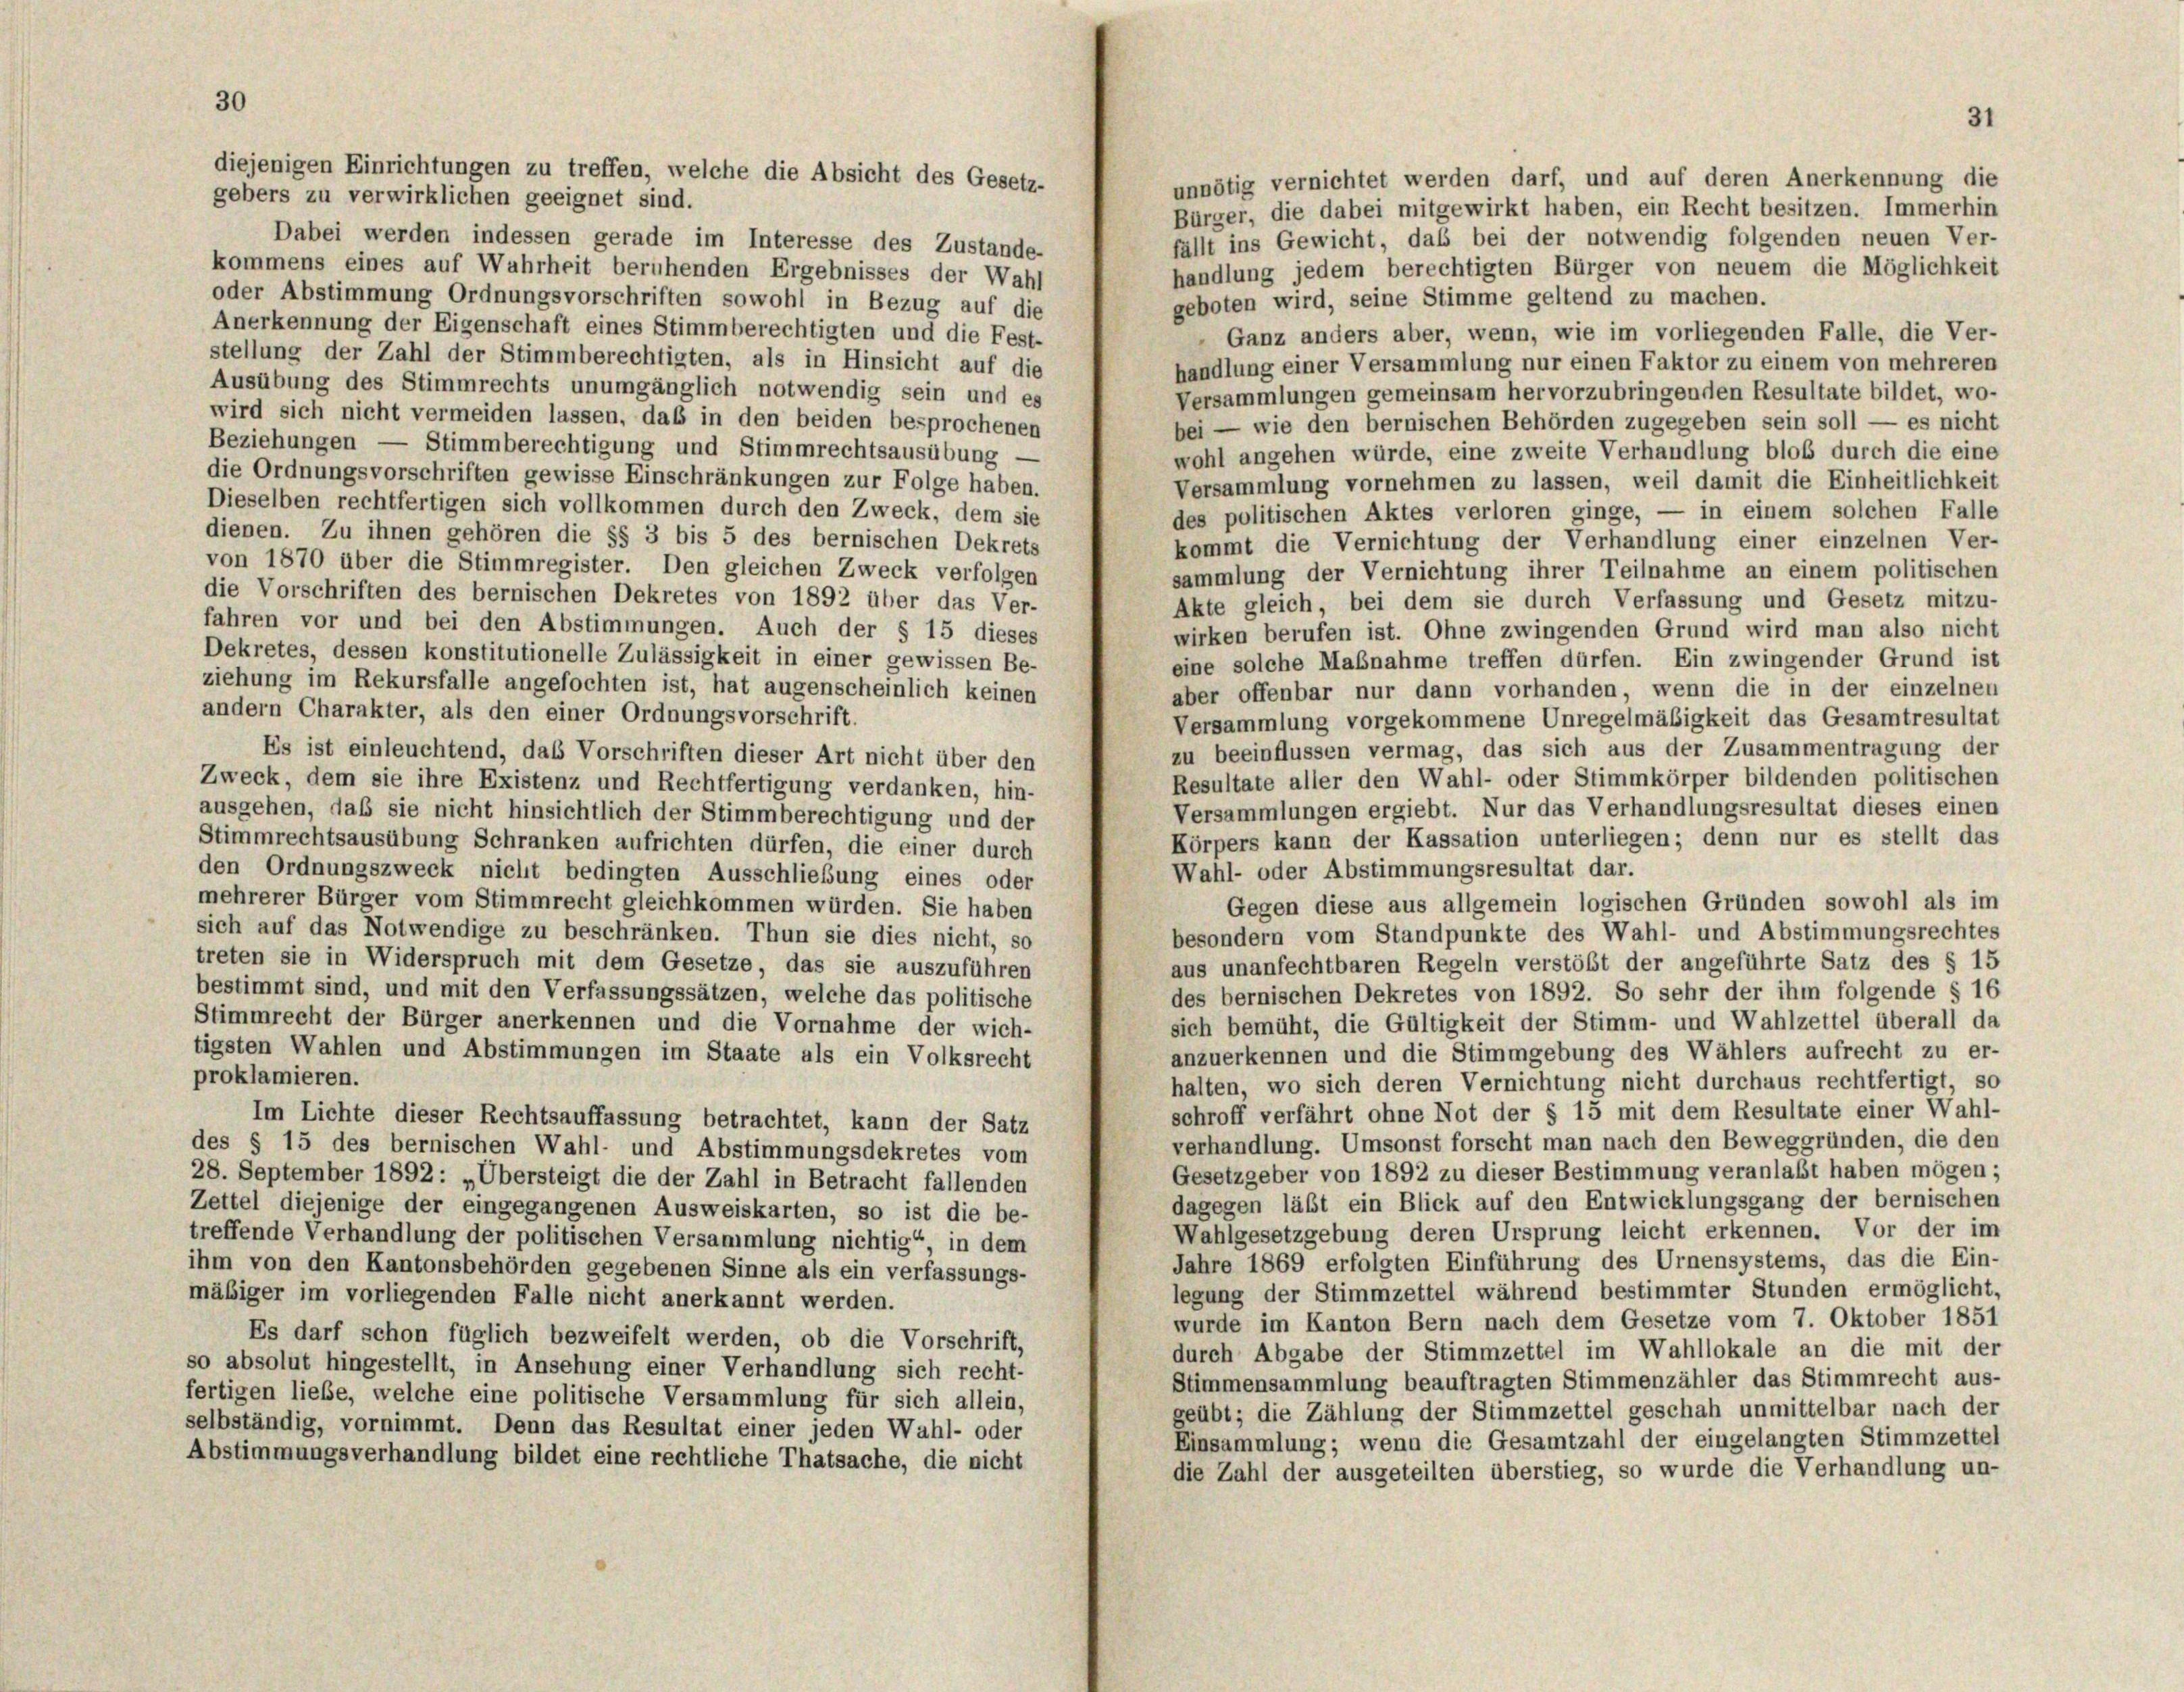
30

fällt ins Gewicht, daß bei der notwendig folgenden neuen Ver-
Dabei werden indessen gerade im Interesse des Zustande-
kommens eines auf Wahrheit beruhenden Ergebnisses der Wahl
handlung jedem berechtigten Bürger von neuem die Möglichkeit
oder Abstimmung Ordnungsvorschriften sowohl in Bezug auf die
geboten wird, seine Stimme geltend zu machen.
Anerkennung der Eigenschaft eines Stimmberechtigten und die Fest-
Ganz anders aber, wenn, wie im vorliegenden Falle, die Ver-
stellung der Zahl der Stimmberechtigten, als in Hinsicht auf die
handlung einer Versammlung nur einen Faktor zu einem von mehreren
Ausübung des Stimmrechts unumgänglich notwendig sein und es
Versammlungen gemeinsam hervorzubringenden Resultate bildet, wo-
wird sich nicht vermeiden lassen, das in den beiden besprochenen
bei — wie den bernischen Behörden zugegeben sein soll — es nicht
Beziehungen — Stimmberechtigung und Stimmrechtsausübung -
wohl angehen würde, eine zweite Verhandlung bloß durch die eine
die Ordnungsvorschriften gewisse Einschränkungen zur Folge haben.
Versammlung vornehmen zu lassen, weil damit die Einheitlichkeit
Dieselben rechtfertigen sich vollkommen durch den Zweck, dem sie
des politischen Aktes verloren ginge, — in einem solchen Falle
dienen. Zu ihnen gehören die §§ 3 bis 5 des bernischen Dekrets
kommt die Vernichtung der Verhandlung einer einzelnen Ver-
von 1870 über die Stimmregister. Den gleichen Zweck verfolgen
sammlung der Vernichtung ihrer Teilnahme an einem politischen
die Vorschriften des bernischen Dekretes von 1892 über das Ver-
Akte gleich, bei dem sie durch Verfassung und Gesetz mitzu-
fahren vor und bei den Abstimmungen. Auch der § 15 dieses
wirken berufen ist. Ohne zwingenden Grund wird man also nicht
Dekretes, dessen konstitutionelle Zulässigkeit in einer gewissen Be-
eine solche Maßnahme treffen dürfen. Ein zwingender Grund ist
ziehung im Rekursfalle angefochten ist, hat augenscheinlich keinen
aber offenbar nur dann vorhanden, wenn die in der einzelnen
andern Charakter, als den einer Ordnungsvorschrift.
Versammlung vorgekommene Unregelmäßigkeit das Gesamtresultat
zu beeinflussen vermag, das sich aus der Zusammentragung der
Es ist einleuchtend, das Vorschriften dieser Art nicht über den
Resultate aller den Wahl- oder Stimmkörper bildenden politischen
Zweck, dem sie ihre Existenz und Rechtfertigung verdanken, hin-
Versammlungen ergiebt. Nur das Verhandlungsresultat dieses einen
ausgehen, daß sie nicht hinsichtlich der Stimmberechtigung und der
Körpers kann der Kassation unterliegen; denn nur es stellt das
Stimmrechtsausübung Schranken aufrichten dürfen, die einer durch
Wahl- oder Abstimmungsresultat dar.
den Ordnungszweck nicht bedingten Ausschließung eines oder
mehrerer Bürger vom Stimmrecht gleichkommen würden. Sie haben
Gegen diese aus allgemein logischen Gründen sowohl als im
sich auf das Notwendige zu beschränken. Thun sie dies nicht, so
besondern vom Standpunkte des Wahl- und Abstimmungsrechtes
treten sie in Widerspruch mit dem Gesetze, das sie auszuführen
aus unanfechtbaren Regeln verstößt der angeführte Satz des § 15
bestimmt sind, und mit den Verfassungssätzen, welche das politische
des bernischen Dekretes von 1892. So sehr der ihm folgende § 16
Stimmrecht der Bürger anerkennen und die Vornahme der wich-
sich bemüht, die Gültigkeit der Stimm- und Wahlzettel überall da
tigsten Wahlen und Abstimmungen im Staate als ein Volksrecht
anzuerkennen und die Stimmgebung des Wählers aufrecht zu er-
proklamieren.
halten, wo sich deren Vernichtung nicht durchaus rechtfertigt, so
schroff verfährt ohne Not der § 15 mit dem Resultate einer Wahl-
Im Lichte dieser Rechtsauffassung betrachtet, kann der Satz
verhandlung. Umsonst forscht man nach den Beweggründen, die den
des § 15 des bernischen Wahl- und Abstimmungsdekretes vom
Gesetzgeber von 1892 zu dieser Bestimmung veranlaßt haben mögen;
28. September 1892 : „Übersteigt die der Zahl in Betracht fallenden
dagegen läßt ein Blick auf den Entwicklungsgang der bernischen
Zettel diejenige der eingegangenen Ausweiskarten, so ist die be-
Wahlgesetzgebung deren Ursprung leicht erkennen. Vor der im
treffende Verhandlung der politischen Versammlung nichtig“ in dem
Jahre 1869 erfolgten Einführung des Urnensystems, das die Ein-
ihm von den Kantonsbehörden gegebenen Sinne als ein verfassungs-
legung der Stimmzettel während bestimmter Stunden ermöglicht,
mäßiger im vorliegenden Falle nicht anerkannt werden.
wurde im Kanton Bern nach dem Gesetze vom 7. Oktober 1851
Es darf schon füglich bezweifelt werden, ob die Vorschrift,
durch Abgabe der Stimmzettel im Wahllokale an die mit der
so absolut hingestellt, in Ansehung einer Verhandlung sich recht-
Stimmensammlung beauftragten Stimmenzähler das Stimmrecht aus-
fertigen liebe, welche eine politische Versammlung für sich allein,
geübt; die Zählung der Stimmzettel geschah unmittelbar nach der
selbständig, vornimmt. Denn das Resultat einer jeden Wahl- oder
Einsammlung; wenn die Gesamtzahl der eingelangten Stimmzettel
Abstimmungsverhandlung bildet eine rechtliche Thatsache, die nicht
die Zahl der ausgeteilten überstieg, so wurde die Verhandlung un-

diejenigen Einrichtungen zu treffen, welche die Absicht des Gesetz-
gebers zu verwirklichen geeignet sind.

unnötig vernichtet werden darf, und auf deren Anerkennung die
Bürger, die dabei mitgewirkt haben, ein Recht besitzen. Immerhin

31